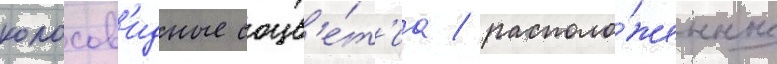
колосов'идные соцв'е́т'иа / располо́женные